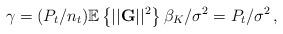
LaTeX: \begin{align*}\gamma = (P_{t}/n_{t}) \mathbb{E}\left\{||\mathbf{G}||^{2}\right\} \beta_K /\sigma^{2} = P_{t}/\sigma^{2}\,, \end{align*}